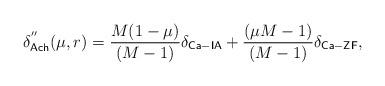
LaTeX: \begin{align*}\delta^{''}_{\mathsf{Ach}}(\mu,r) = \frac{M(1-\mu)}{(M-1)}\delta_{\mathsf{Ca-IA}} + \frac{(\mu M -1)}{(M-1)} \delta_{\mathsf{Ca-ZF}},\end{align*}